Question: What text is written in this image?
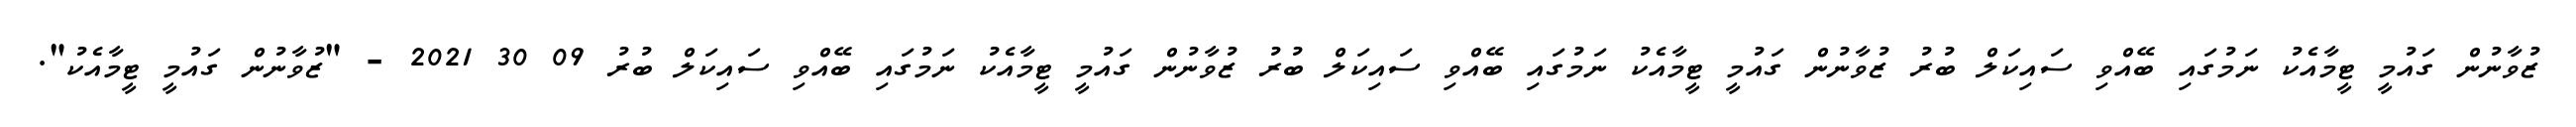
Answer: ޒުވާނުން ގައުމީ ޓީމާއެކު ނަމުގައި ބޭއްވި ސައިކަލް ބުރު ޒުވާނުން ގައުމީ ޓީމާއެކު ނަމުގައި ބޭއްވި ސައިކަލް ބުރު ޒުވާނުން ގައުމީ ޓީމާއެކު ނަމުގައި ބޭއްވި ސައިކަލް ބުރު 09 30 2021 - "ޒުވާނުން ގައުމީ ޓީމާއެކު".